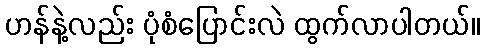
ဟန်နဲ့လည်း ပုံစံပြောင်းလဲ ထွက်လာပါတယ်။